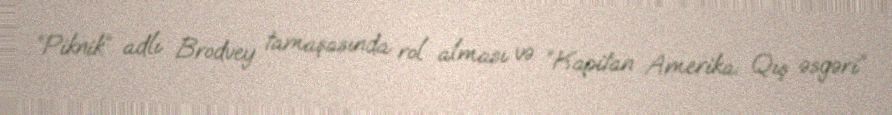
“Piknik” adlı Brodvey tamaşasında rol alması və “Kapitan Amerika: Qış əsgəri”